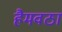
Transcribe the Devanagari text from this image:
हैमवठा